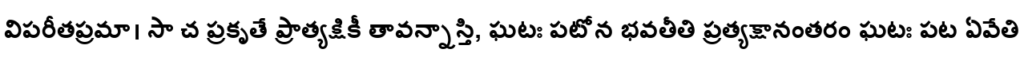
విపరీతప్రమా। సా చ ప్రకృతే ప్రాత్యక్షికీ తావన్నాస్తి, ఘటః పటోన భవతీతి ప్రత్యక్షానంతరం ఘటః పట ఏవేతి